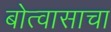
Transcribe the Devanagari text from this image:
बोत्वासाचा